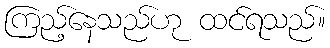
ကြည့်နေသည်ဟု ထင်ရသည်။